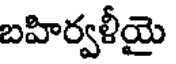
బహిర్వళీయై